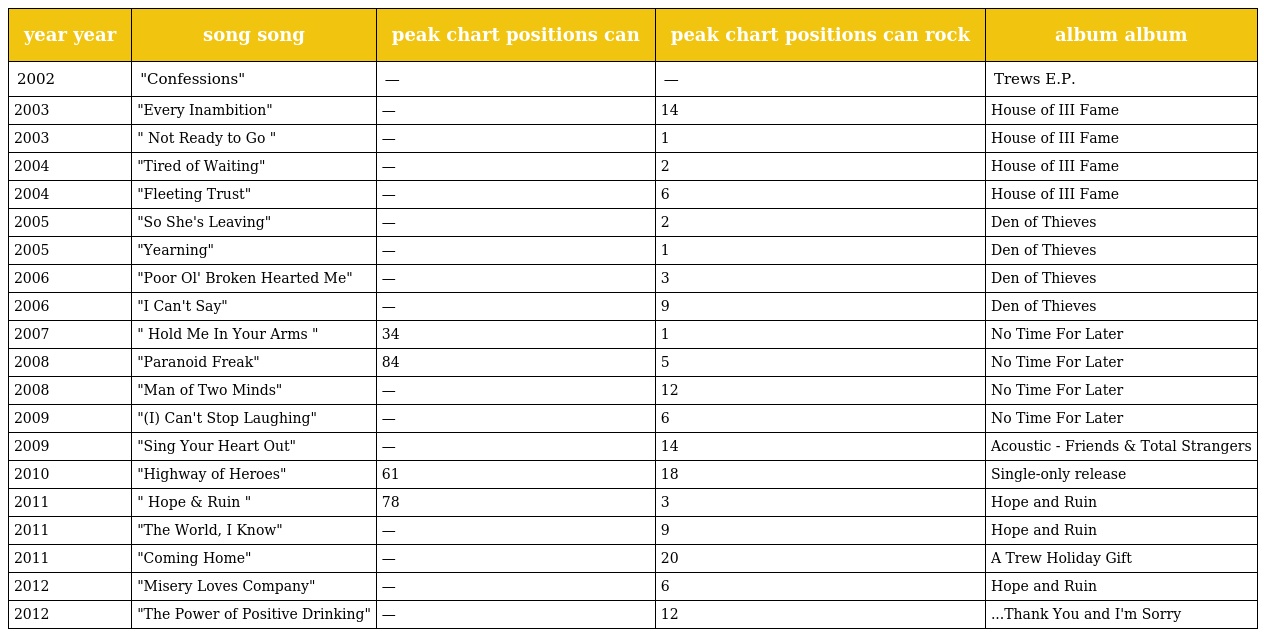
| year year | song song | peak chart positions can | peak chart positions can rock | album album |
 | --- | --- | --- | --- | --- |
 | 2002 | "Confessions" | — | — | Trews E.P. |
 | 2003 | "Every Inambition" | — | 14 | House of III Fame |
 | 2003 | " Not Ready to Go " | — | 1 | House of III Fame |
 | 2004 | "Tired of Waiting" | — | 2 | House of III Fame |
 | 2004 | "Fleeting Trust" | — | 6 | House of III Fame |
 | 2005 | "So She's Leaving" | — | 2 | Den of Thieves |
 | 2005 | "Yearning" | — | 1 | Den of Thieves |
 | 2006 | "Poor Ol' Broken Hearted Me" | — | 3 | Den of Thieves |
 | 2006 | "I Can't Say" | — | 9 | Den of Thieves |
 | 2007 | " Hold Me In Your Arms " | 34 | 1 | No Time For Later |
 | 2008 | "Paranoid Freak" | 84 | 5 | No Time For Later |
 | 2008 | "Man of Two Minds" | — | 12 | No Time For Later |
 | 2009 | "(I) Can't Stop Laughing" | — | 6 | No Time For Later |
 | 2009 | "Sing Your Heart Out" | — | 14 | Acoustic - Friends & Total Strangers |
 | 2010 | "Highway of Heroes" | 61 | 18 | Single-only release |
 | 2011 | " Hope & Ruin " | 78 | 3 | Hope and Ruin |
 | 2011 | "The World, I Know" | — | 9 | Hope and Ruin |
 | 2011 | "Coming Home" | — | 20 | A Trew Holiday Gift |
 | 2012 | "Misery Loves Company" | — | 6 | Hope and Ruin |
 | 2012 | "The Power of Positive Drinking" | — | 12 | ...Thank You and I'm Sorry |